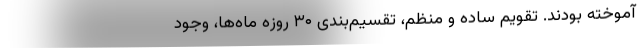
آموخته بودند. تقویم ساده و منظم، تقسیم‌بندی ۳۰ روزهٔ ماه‌ها، وجود